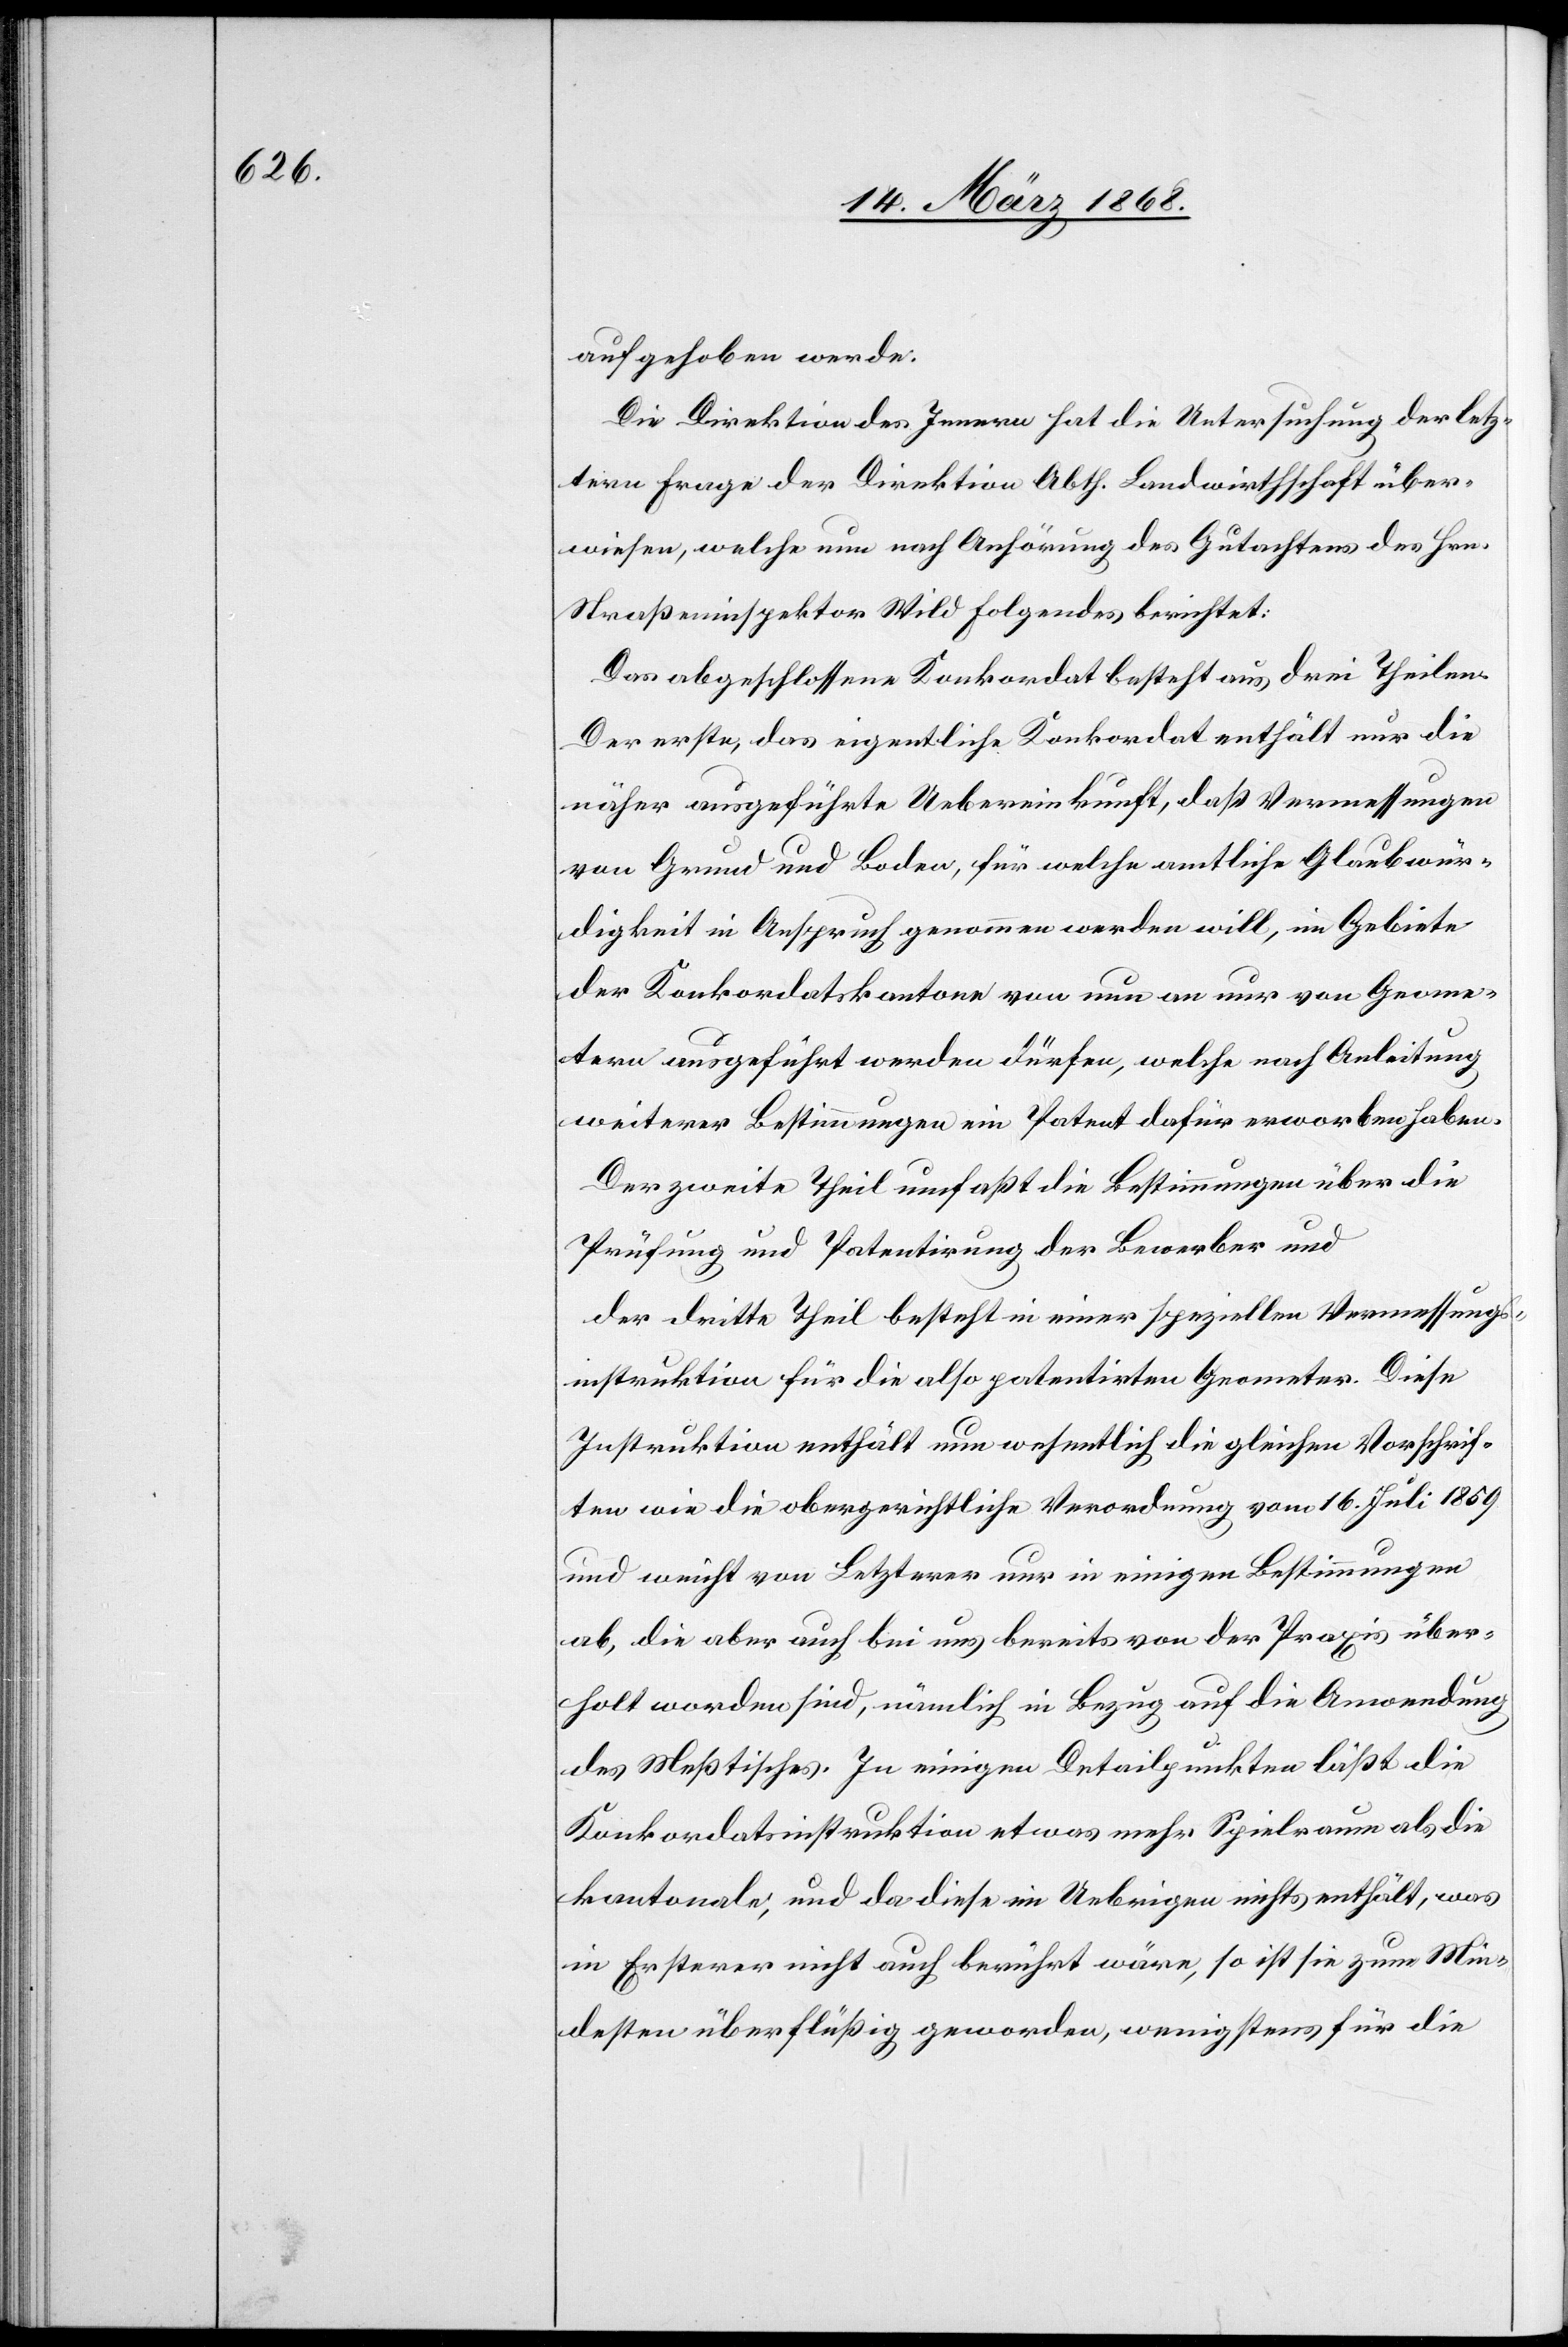
aufgehoben werde.[“]
Die Direktion des Innern hat die Untersuchung der letz¬
tern Frage der Direktion Abth. Landwirthschaft über¬
wiesen, welche nun nach Anhörung des Gutachtens des Hrn.
Straßeninspektor Wild Folgendes berichtet:
Das abgeschlossene Konkordat besteht aus drei Theilen.
Der erste, das eigentliche Konkordat enthält nur die
näher ausgeführte Uebereinkunft, daß Vermessungen
von Grund und Boden, für welche amtliche Glaubwür¬
digkeit in Anspruch genommen werden will, im Gebiete
der Konkordatskantone von nun an nur von Geome¬
tern ausgeführt werden dürfen, welche nach Anleitung
weiterer Bestimmungen ein Patent dafür erworben haben.
Der zweite Theil umfaßt die Bestimmungen über die
Prüfung und Patentirung der Bewerber und
der dritte Theil besteht in einer speziellen Vermessungs¬
instruktion für die also patentirten Geometer. Diese
Instruktion enthält nun wesentlich die gleichen Vorschrif¬
ten wie die obergerichtliche Verordnung vom 16. Juli 1859
und weicht von Letzterer nur in einigen Bestimmungen
ab, die aber auch bei uns bereits von der Praxis über¬
holt worden sind, nämlich in Bezug auf die Anwendung
des Meßtisches. In einigen Detailpunkten läßt die
Konkordatsinstruktion etwas mehr Spielraum als die
kantonale, und da diese im Uebrigen nichts enthält, was
in Ersterer nicht auch berührt wäre, so ist sie zum Min¬
desten überflüßig geworden, wenigstens für die